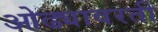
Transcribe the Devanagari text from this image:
ओढ्यावरती